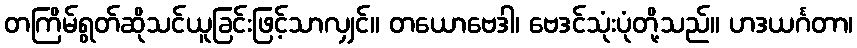
တကြိမ်ရွတ်ဆိုသင်ယူခြင်းဖြင့်သာလျှင်။ တယောဗေဒါ၊ ဗေဒင်သုံးပုံတို့သည်။ ဟဒယင်္ဂတာ၊